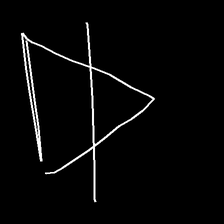
Glyph: empower